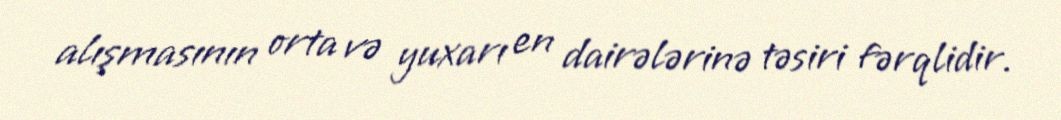
alışmasının orta və yuxarı en dairələrinə təsiri fərqlidir.